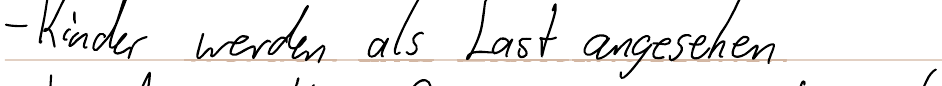
- Kinder werden als Last angesehen